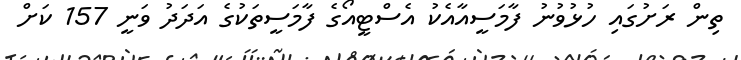
ތިން ރަށުގައި ހުޅުވުނު ފާމަސީއާއެކު އެސްޓީއޯގެ ފާމަސީތަކުގެ އަދަދު ވަނީ 157 ކަށް